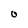
Character: O